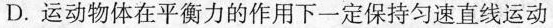
D.运动物体在平衡力的作用下一定保持匀速直线运动